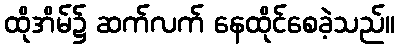
ထိုအိမ်၌ ဆက်လက် နေထိုင်စေခဲ့သည်။